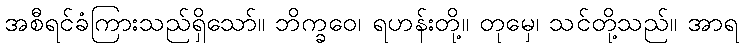
အစီရင်ခံကြားသည်ရှိသော်။ ဘိက္ခဝေ၊ ရဟန်းတို့။ တုမှေ၊ သင်တို့သည်။ အာရ